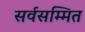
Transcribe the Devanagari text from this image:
सर्वसम्मित